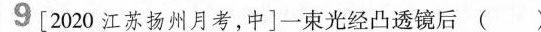
[2020江苏扬州月考，中]一束光经凸透镜后( )